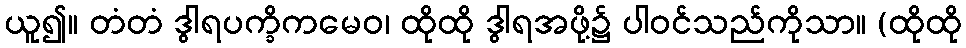
ယူ၍။ တံတံ ဒွါရပက္ခိကမေဝ၊ ထိုထို ဒွါရအဖို့၌ ပါဝင်သည်ကိုသာ။ (ထိုထို